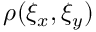
\rho ( \xi _ { x } , \xi _ { y } )